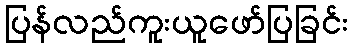
ပြန်လည်ကူးယူဖော်ပြခြင်း